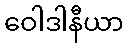
ဝေါဒါနီယာ